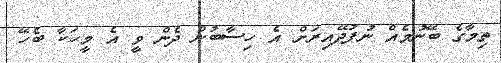
ތިމާގެ ބޭނުމެއް ނުފުދޭއިރަށް އެ ހިސާބުން ދެން ވީ އެ މީހަކާ ބެހޭ